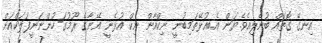
އިނގޭ ގޮތައް ބުނެލިއެވެ.ޔަން އެބއުޅޭތަމިބުނީ ނިކްއާން ނިކް އުޅެނީ އޭނާގެ ރޫމުގަ ހުންނަނީފަލަކްއަށް